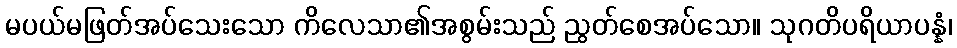
မပယ်မဖြတ်အပ်သေးသော ကိလေသာ၏အစွမ်းသည် ညွတ်စေအပ်သော။ သုဂတိပရိယာပန္နံ၊